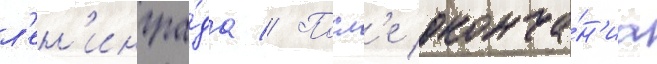
л'ен'ингра́да // Посл'е оконча́н'иа